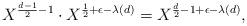
LaTeX: \begin{align*} X^{\frac{d-1}{2} - 1} \cdot X^{\frac{1}{2} + \epsilon - \lambda(d)} = X^{\frac{d}{2} - 1 + \epsilon - \lambda(d)}, \end{align*}